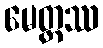
မေတ္တဿ